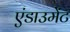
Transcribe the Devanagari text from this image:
एंडाउमेंट